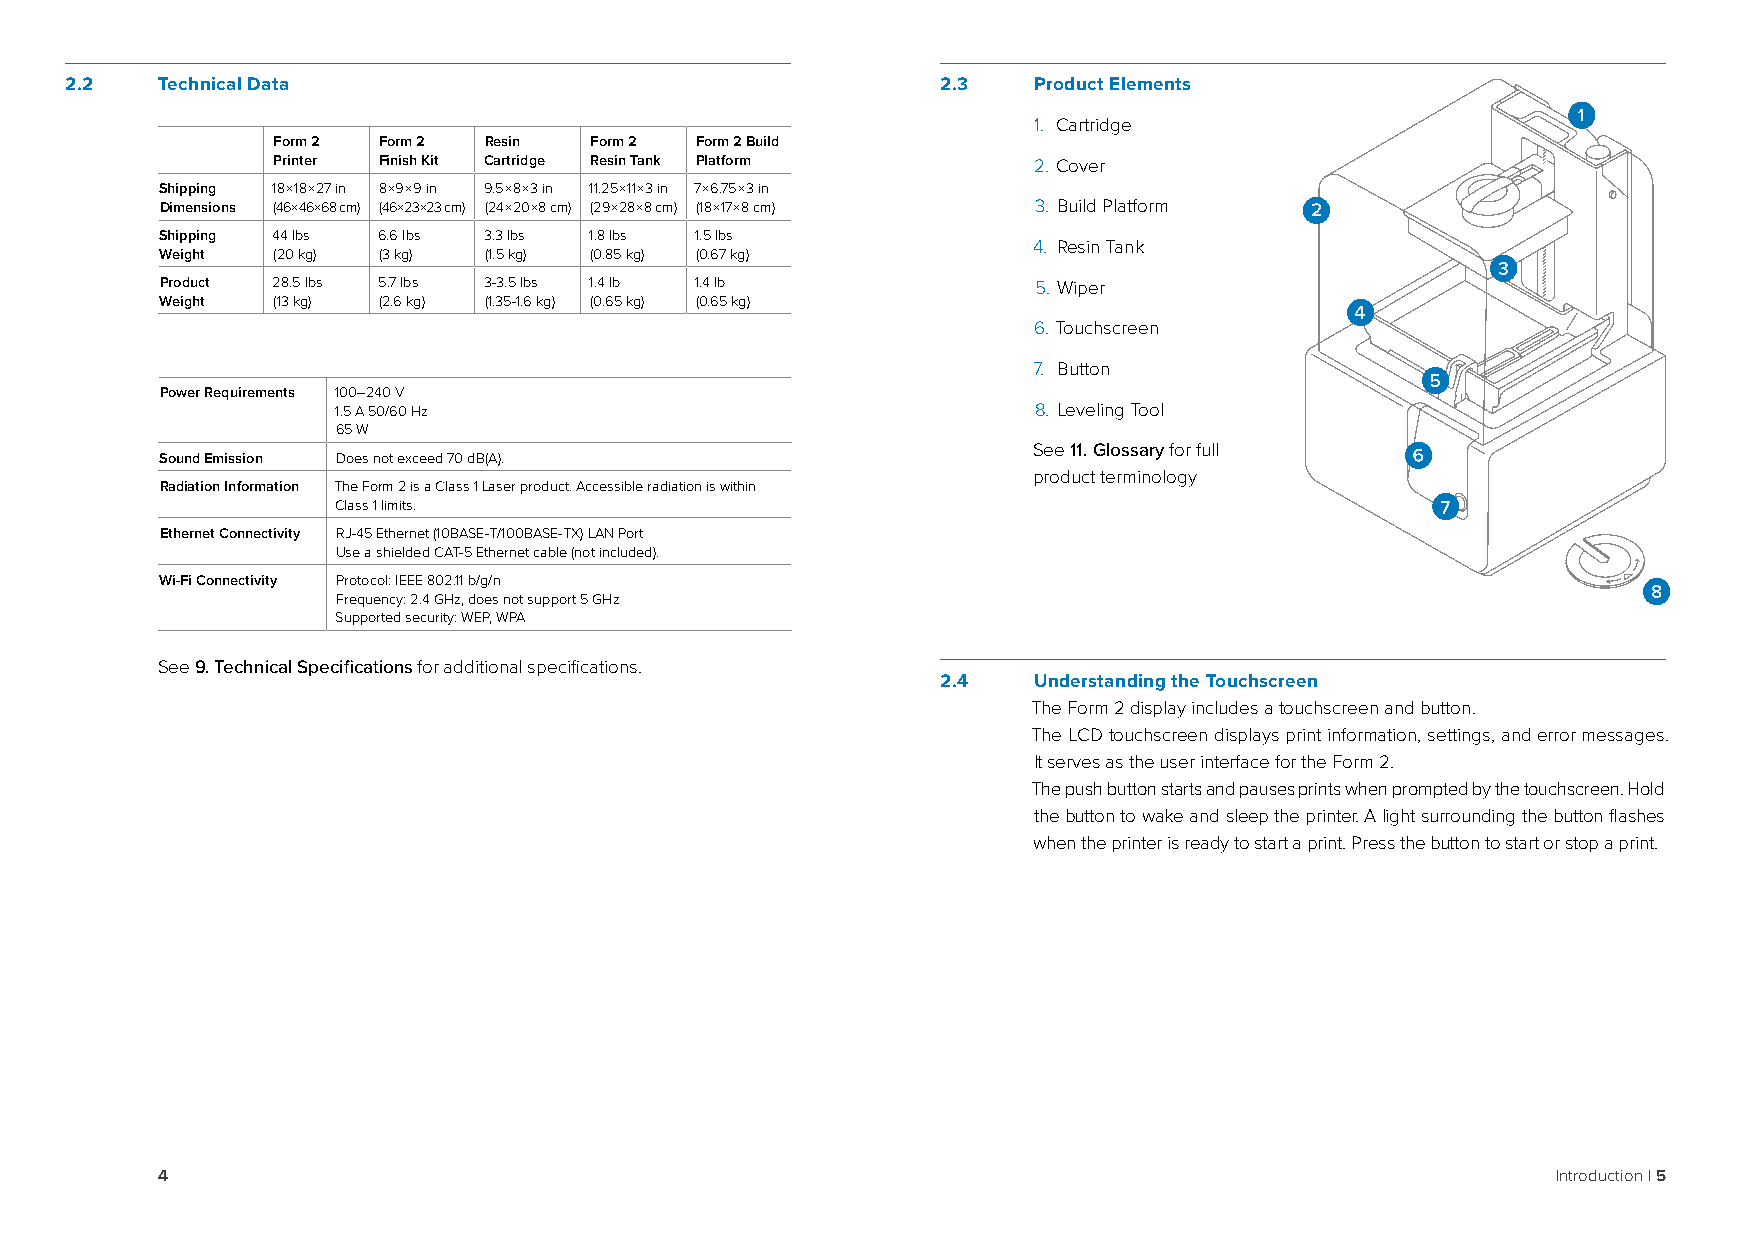
2.2   Technical Data                                      2.3   Product Elements
 1. Cartridge
 Form 2 Form 2 Resin  Form 2 Form 2 Build
 Printer Finish Kit Cartridge Resin Tank Platform  2. Cover
 Shipping 18 × 18 × 27 in 8 × 9 × 9 in 9.5 × 8 × 3 in 11.25 × 11 × 3 in 7 × 6.75 × 3 in
 Dimensions (46 × 46 × 68 cm) (46 × 23 × 23 cm) (24 × 20 × 8 cm) (29 × 28 × 8 cm) (18 × 17 × 8 cm) 3. Build Platform
 Shipping 44 lbs 6.6 lbs 3.3 lbs 1.8 lbs 1.5 lbs
 4. Resin Tank
 Weight (20 kg) (3 kg) (1.5 kg) (0.85 kg) (0.67 kg)
 Product 28.5 lbs 5.7 lbs 3-3.5 lbs 1.4 lb 1.4 lb         5. Wiper
 Weight (13 kg) (2.6 kg) (1.35-1.6 kg) (0.65 kg) (0.65 kg)
 6. Touchscreen
 7. Button
 Power Requirements 100–240 V
 1.5 A 50/60 Hz                                8. Leveling Tool
 65 W
 See 11. Glossary for full
 Sound Emission Does not exceed 70 dB(A).
 product terminology
 Radiation Information The Form 2 is a Class 1 Laser product. Accessible radiation is within
 Class 1 limits.
 Ethernet Connectivity RJ-45 Ethernet (10BASE-T/100BASE-TX) LAN Port
 Use a shielded CAT-5 Ethernet cable (not included).
 Wi-Fi Connectivity Protocol: IEEE 802.11 b/g/n
 Frequency: 2.4 GHz, does not support 5 GHz
 Supported security: WEP, WPA
 See 9. Technical Specifications for additional specifications.
 2.4   Understanding the Touchscreen
 The Form 2 display includes a touchscreen and button.
 The LCD touchscreen displays print information, settings, and error messages.
 It serves as the user interface for the Form 2.
 The push button starts and pauses prints when prompted by the touchscreen. Hold
 the button to wake and sleep the printer. A light surrounding the button flashes
 when the printer is ready to start a print. Press the button to start or stop a print.
 4                                                                                            Introduction | 5